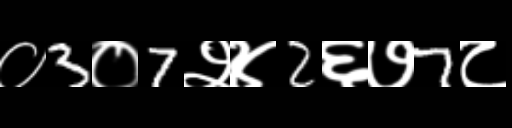
Text: ०3०7२४2६७7८